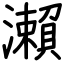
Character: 瀨